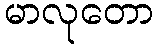
မာလုတော